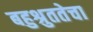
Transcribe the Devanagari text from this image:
बहुश्रुततेचा